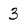
Character: 3